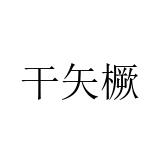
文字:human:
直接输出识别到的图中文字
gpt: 干矢橛